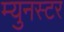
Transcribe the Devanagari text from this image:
म्युनस्टर